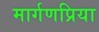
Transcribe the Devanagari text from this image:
मार्गणप्रिया